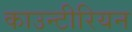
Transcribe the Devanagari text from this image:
काउन्टीरियन